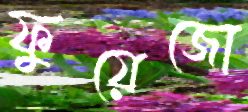
ফুয়েজো